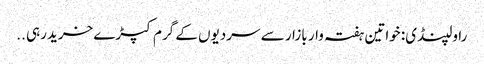
راولپنڈی: خواتین ہفتہ وار بازار سے سردیوں کے گرم کپڑے خریدرہی ..